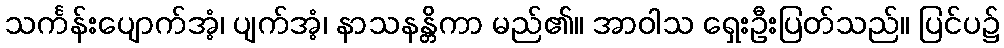
သင်္ကန်းပျောက်အံ့၊ ပျက်အံ့၊ နာသနန္တိကာ မည်၏။ အာဝါသ ရှေးဦးပြတ်သည်။ ပြင်ပ၌